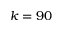
k = 9 0